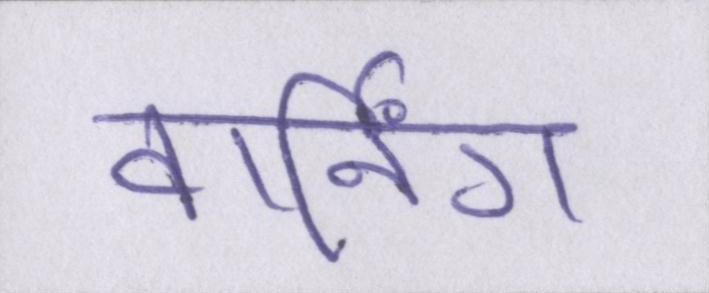
वार्निंग